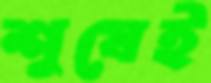
শুষেই